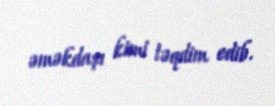
əməkdaşı kimi təqdim edib.